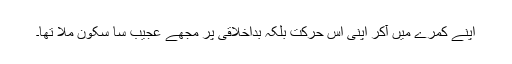
اپنے کمرے میں آکر اپنی اس حرکت بلکہ بداخلاقی پر مجھے عجیب سا سکون ملا تھا۔